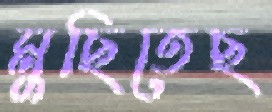
মুছিতেছ